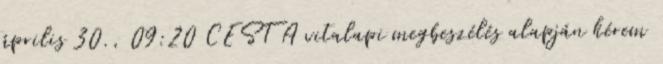
április 30., 09:20 CEST A vitalapi megbeszélés alapján kérem